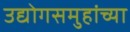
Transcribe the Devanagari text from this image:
उद्योगसमुहांच्या